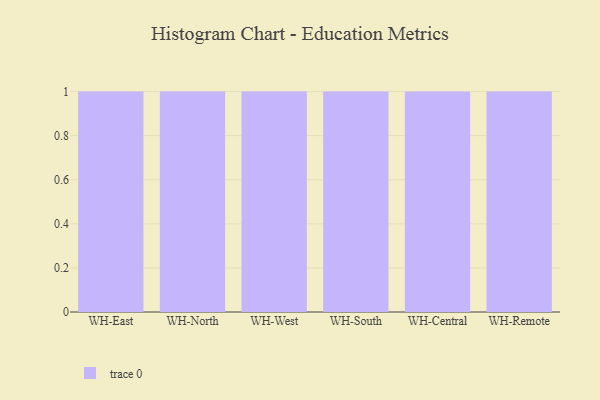
{"axis": {"x": "Warehouse", "y": "Market Share (%)"}, "legend": [""], "data": [{"x": "WH-East", "y": 72, "type": ""}, {"x": "WH-North", "y": 23, "type": ""}, {"x": "WH-West", "y": 85, "type": ""}, {"x": "WH-South", "y": 5, "type": ""}, {"x": "WH-Central", "y": 49, "type": ""}, {"x": "WH-Remote", "y": 29, "type": ""}]}